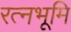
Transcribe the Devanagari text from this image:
रत्नभूमि